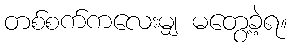
တစ်စက်ကလေးမျှ မတွေ့ခဲ့ရ။